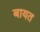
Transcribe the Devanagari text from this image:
बायत